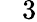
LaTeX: \phantom{-}3